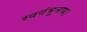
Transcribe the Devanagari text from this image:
स्वयंभूनाथ।